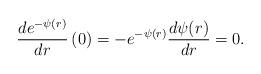
LaTeX: \begin{align*}\frac{d e^{-\psi(r)}}{dr}\left( 0\right)= -e^{-\psi(r)}\frac{d \psi(r)}{dr}=0.\end{align*}